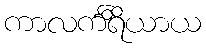
ကာလင်္ကိရိယာယ